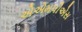
એએમપીએસ